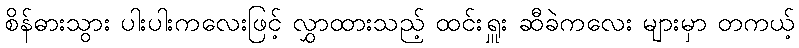
စိန်ဓားသွား ပါးပါးကလေးဖြင့် လွှာထားသည့် ထင်းရှူး ဆီခဲကလေး များမှာ တကယ့်